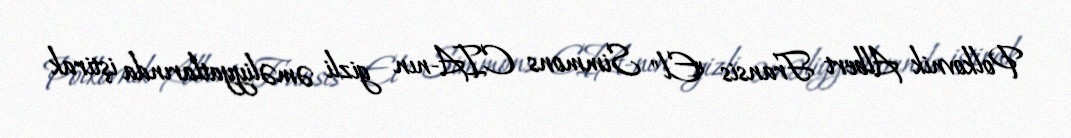
Polkovnik Albert Fransis "El" Simmons CIA-nın gizli əməliyyatlarında iştirak